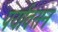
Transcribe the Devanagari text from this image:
पर्यावसन